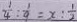
\frac { 1 } { 4 } : \frac { 1 } { 9 } = x : \frac { 1 } { 2 }